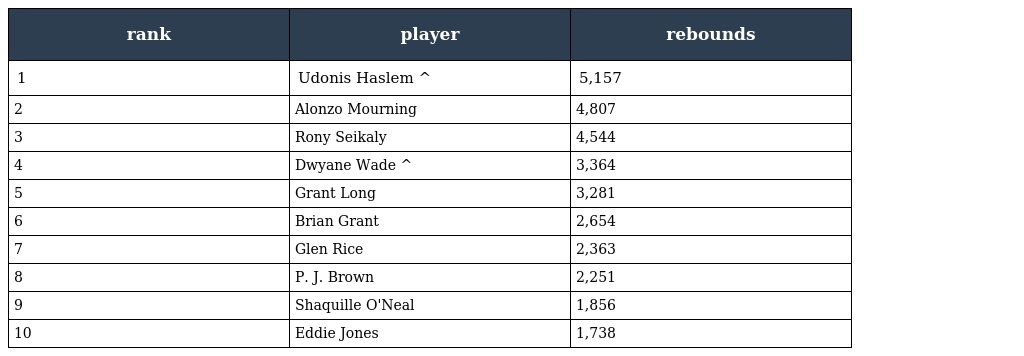
| rank | player | rebounds |
 | --- | --- | --- |
 | 1 | Udonis Haslem ^ | 5,157 |
 | 2 | Alonzo Mourning | 4,807 |
 | 3 | Rony Seikaly | 4,544 |
 | 4 | Dwyane Wade ^ | 3,364 |
 | 5 | Grant Long | 3,281 |
 | 6 | Brian Grant | 2,654 |
 | 7 | Glen Rice | 2,363 |
 | 8 | P. J. Brown | 2,251 |
 | 9 | Shaquille O'Neal | 1,856 |
 | 10 | Eddie Jones | 1,738 |